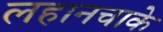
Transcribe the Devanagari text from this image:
लहानचाके